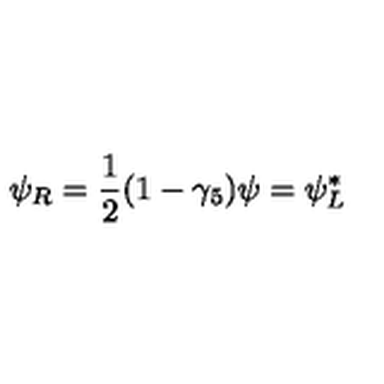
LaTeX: \psi _ { R } = \frac { 1 } { 2 } ( 1 - \gamma _ { 5 } ) \psi = \psi _ { L } ^ { * }